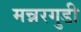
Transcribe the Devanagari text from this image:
मन्नरगुडी